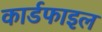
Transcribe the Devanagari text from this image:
कार्डफाइल